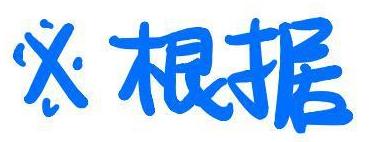
※根据